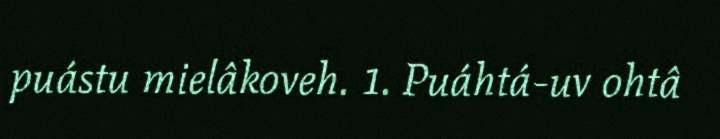
puástu mielâkoveh. 1. Puáhtá-uv ohtâ